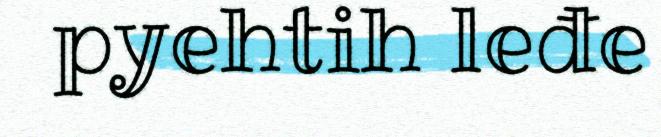
pyehtih leđe